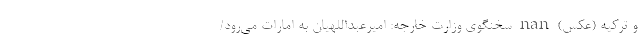
و ترکیه (عکس) nan سخنگوی وزارت خارجه: امیرعبداللهیان به امارات می‌رود/